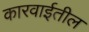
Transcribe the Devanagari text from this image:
कारवाईतील